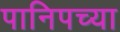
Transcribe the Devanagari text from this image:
पानिपच्या